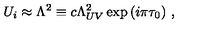
U _ { i } \approx \Lambda ^ { 2 } \equiv c \Lambda _ { U V } ^ { 2 } \exp { ( i \pi \tau _ { 0 } ) } \ ,